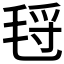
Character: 𰚛